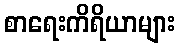
စာရေးကိရိယာများ